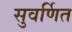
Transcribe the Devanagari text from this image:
सुवर्णित